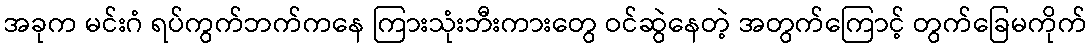
အခုက မင်းဂံ ရပ်ကွက်ဘက်ကနေ ကြားသုံးဘီးကားတွေ ဝင်ဆွဲနေတဲ့ အတွက်ကြောင့် တွက်ခြေမကိုက်